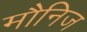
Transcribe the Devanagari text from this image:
मौनिज